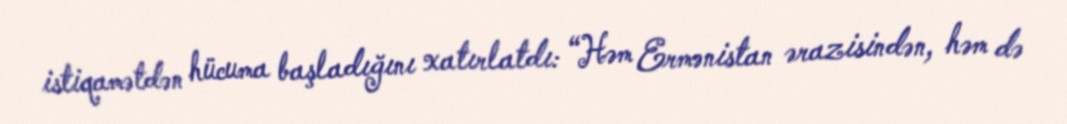
istiqamətdən hücuma başladığını xatırlatdı: “Həm Ermənistan ərazisindən, həm də